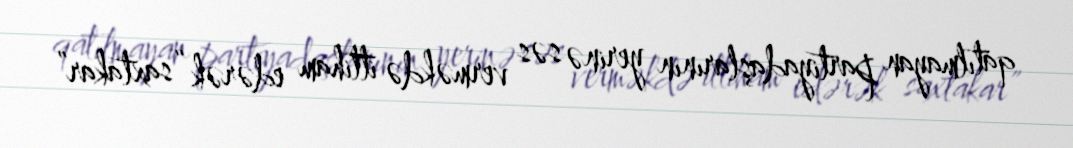
qatılmayan partiyadaşlarının yerinə səs verməkdə ittiham edərək “saxtakar”